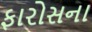
ફારોસના